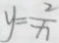
y = \frac { 2 } { x }